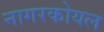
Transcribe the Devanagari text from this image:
नागरकोयल